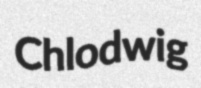
Chlodwig